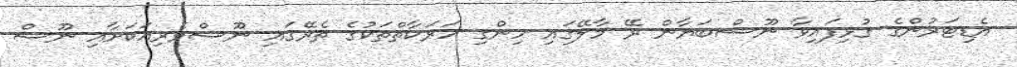
އެޑިޓަރުންގެ ގުޅިފައިވާ ނޫސްބަޔާން ރޭ މާލޭގައި ހިންގި ހަރަކާތްތަކުގެ ތެރޭގައި ނޫސްވެރިއަކަށާއި ނޫސް